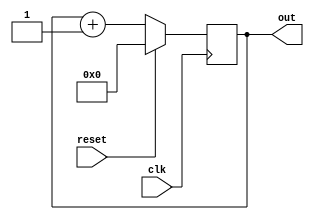
module counter(
    input clk,
    input reset,
    output reg [29:0] out
    );
    
    always@(posedge clk)begin
        if(reset)
            out <= 0;
        else
            out <= out + 1;
    end
    
    
endmodule